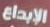
الإبداع